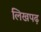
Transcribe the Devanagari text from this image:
लिखपढ़